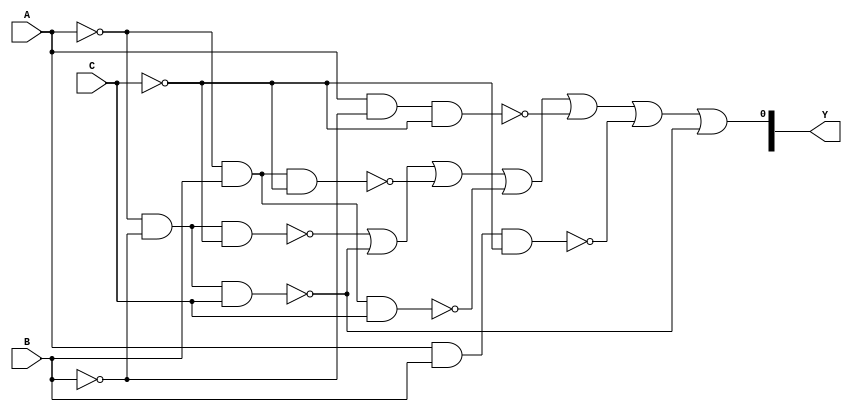
module DECODER4_8(A, B, C, Y);
    input A, B, C;
    output [7:0] Y;

    assign Y[0] = ~(~A & ~B & ~C) |
                    ~(~A & ~B & C) |
                    ~(~A & B & ~C) |
                    ~(~A & B & C) |
                    ~(A & ~B & ~C) |
                    ~(A & B & ~C) |
                    ~(~A & ~B & C);
endmodule